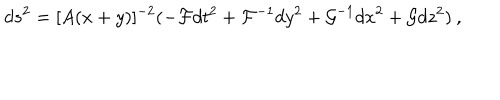
LaTeX: d s ^ { 2 } = [ A ( x + y ) ] ^ { - 2 } ( - { \cal F } d t ^ { 2 } + { \cal F } ^ { - 1 } d y ^ { 2 } + { \cal G } ^ { - 1 } d x ^ { 2 } + { \cal G } d z ^ { 2 } ) \: ,